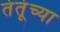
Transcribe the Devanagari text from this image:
तंतूंच्या